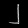
Digit: ၂